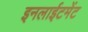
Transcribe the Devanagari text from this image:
इनलाईटमेंट